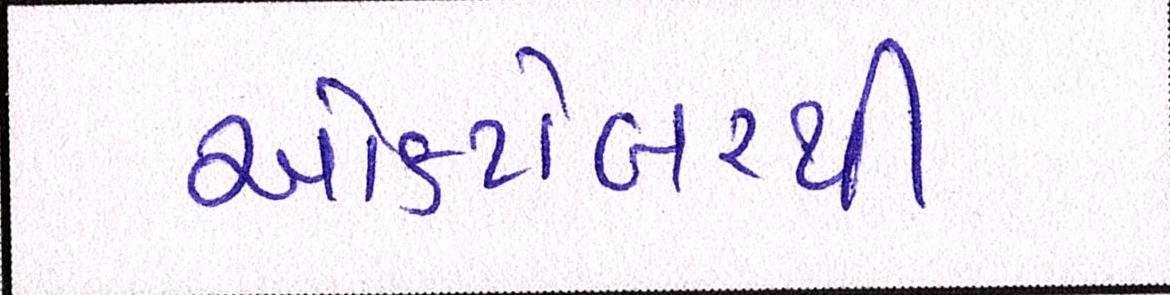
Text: ઓક્ટોબરથી